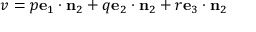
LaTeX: v = p \mathbf { e } _ { 1 } \cdot \mathbf { n } _ { 2 } + q \mathbf { e } _ { 2 } \cdot \mathbf { n } _ { 2 } + r \mathbf { e } _ { 3 } \cdot \mathbf { n } _ { 2 }